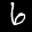
Label: 6